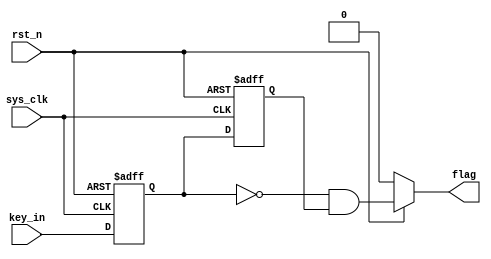
module Touch_key 
(
    input wire sys_clk, 
    input wire rst_n,     // 
    input wire key_in, 
    output wire flag               
);
    reg  key1, key2;
    
    always @(posedge sys_clk, negedge rst_n) begin
        if(rst_n == 1'b0) begin
            key1 <= 1'b0;
            key2 <= 1'b0;
        end
        else begin
            key1 <= key_in;
            key2 <= key1;
        end
    end

    assign flag = rst_n ? ((!key1) & (key2)) : 0;

endmodule